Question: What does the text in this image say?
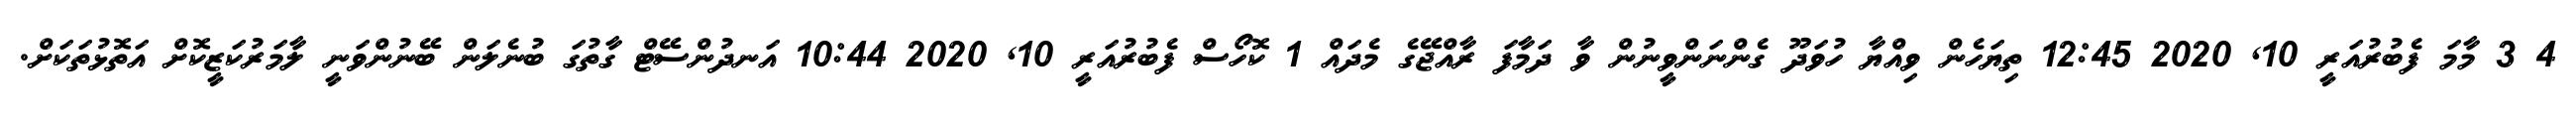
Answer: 4 3 މާމަ ފެބުރުއަރީ 10, 2020 12:45 ތިޔަހެން ވިއްޔާ ހުވަދޫ ގެންނަންވީނުން ވާ ދަމާފަ ރާއްޖޭގެ މެދައް 1 ކޮހޯސް ފެބުރުއަރީ 10, 2020 10:44 އަނދުންސޭޓް ގާތުގަ ބުނެލަން ބޭނުންވަނީ ލާމަރުކަޒީކޮށް އަތޮޅުތަކަށް.